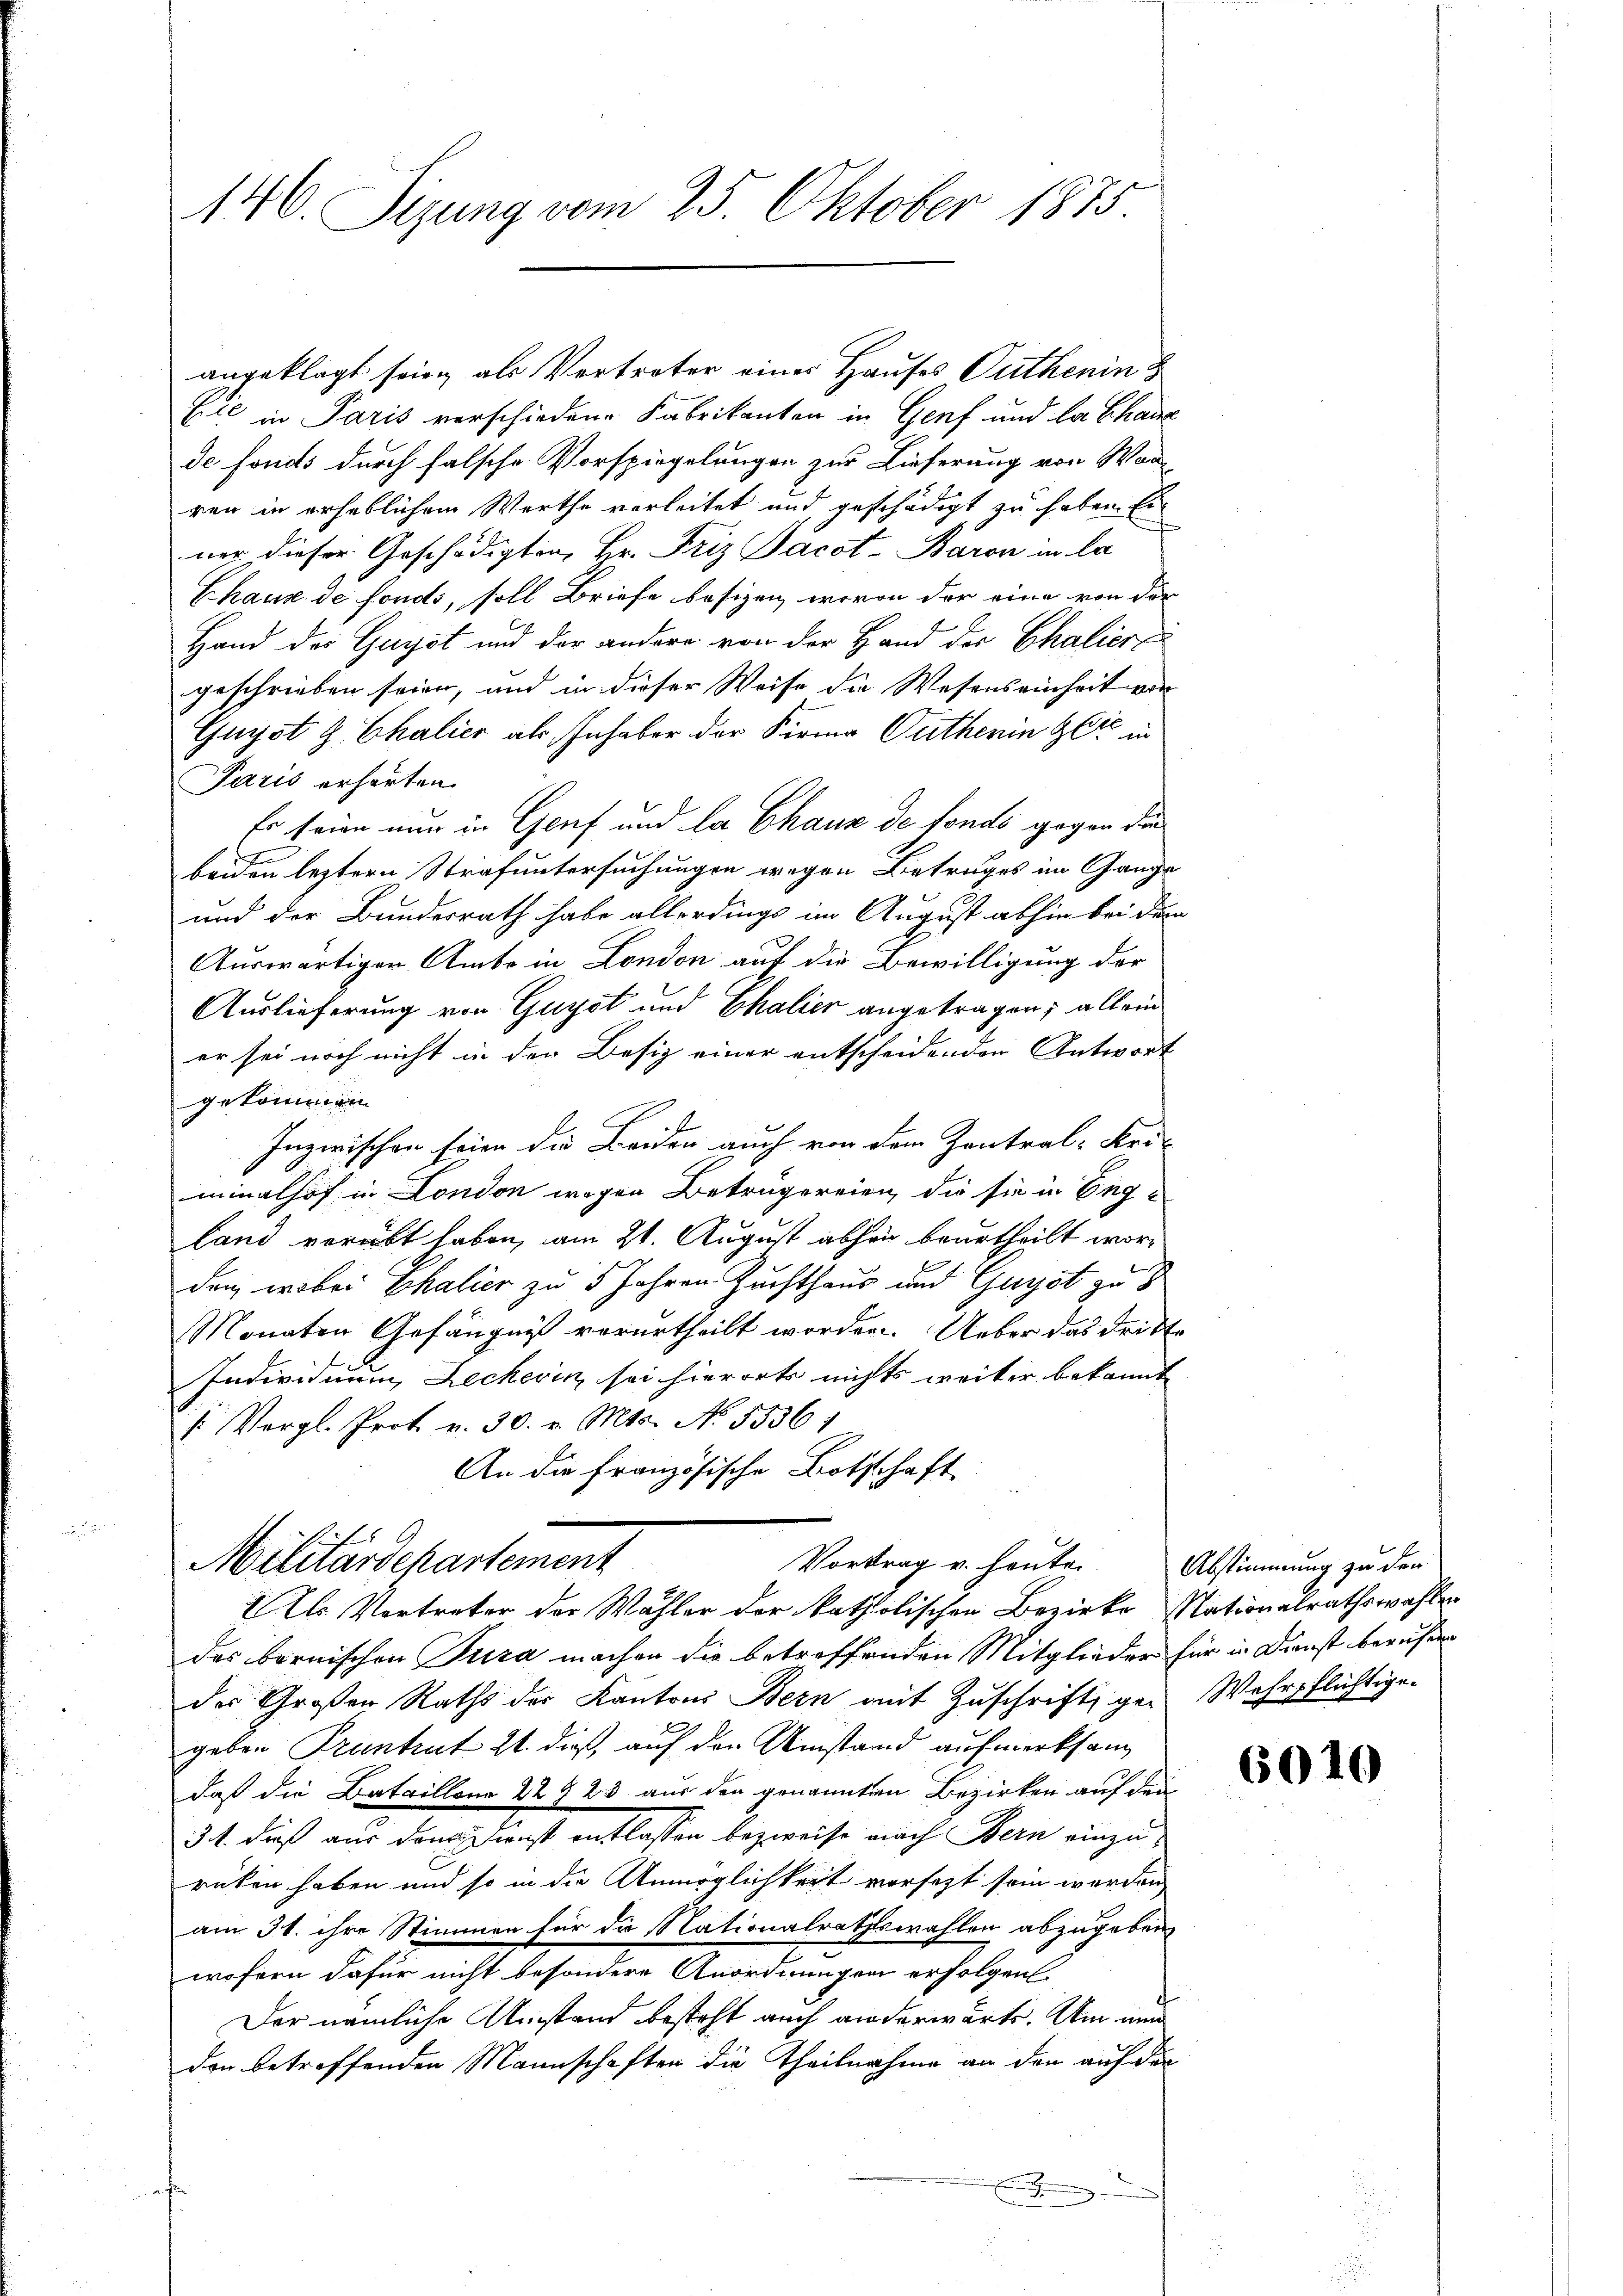
146. Sizung vom 25. Oktober 1875.

angeklagt sein als Vertreter einer Hauses Guthenin
Eile in Paris verschiedene Fabrikanten in Genf und la chanz
de fonds durch falsche Vorspiegelungen zur Lieferung von Wor
ren in erheblichem Werthe verleitet und geschädigt zu haben. Ei
ner dieser Geschädigten, Hr. Friz Jacot-Baron in la
Chaus de fonds, soll Briefe besizen, wovon der eine von der
Hand des Gayst und der andere von der Hand der Chaliert
geschrieben seien, und in dieser Weise die Wesenseinheit von
Guyst G. Chalier als Inhaber der Firma Guthenin Glić in
Paris erhörten.
Er seine nur in Genf und la Chaux de fonds gegen die
beiden leztern Strafuntersuchungen wegen Betruges im Gange
und der Bundesrath habe allerdings im August abhin bei dem
Auswärtiger Amte in London auf die Bewilligung der
Auslieferung von Guyot und Chalier angetragen; allein
er sei noch nicht in der Besiz einer entscheidenden Antwort
gekommen
A
Inzwischen seien die Bochen auch von dem Zentral-Uri-
minalhof in London wegen Betrügereien, die sie in England verübt haben, am 21. August abhin beurtheilt worden, wobei Ehalier zu 5 Jahren Zuchthaus und Gunst zu
Monaten Gefängniß verurtheilt worden. Ueber das dritte
Individuum Leckerin sei hierorts nichts weiter bekannt
/. Vergl. Prot. v. 30. v. Mts. No. 5536:
An die Französische Botschaft

Als Vertreter der Wahler der katholischen Bezirke Nationalrathswahlen
des bernischen Jura machen die betreffenden Mitglieder für in Dienst berufen
der Großen Raths der Kantons Bern mit Zŭschrift gen Wehrpflichtige
geben Frantit 21. dieß, auf den Umstand aufmerksam
daß die Bataillone 22 § 23 aus den genannten Bezirken auf den
34. dieß aus dann Dunst entlassen bezweife nach Bern einzurüken haben und so in die Unmöglichkeit vorsetzt sein werden
am 31. ihre Stimmen für die Nationalrathswahlen abzugeben
wofern dafür nicht besondere Anordnungen erfolgen.
Der nämliche Umstand besteht auch anderwärte. Um nun
den betreffenden Mannschaften die Theilnahme an den auf der
.

Vortrag u. heute.
Militärdepartement

Abstimmung zu den

6010